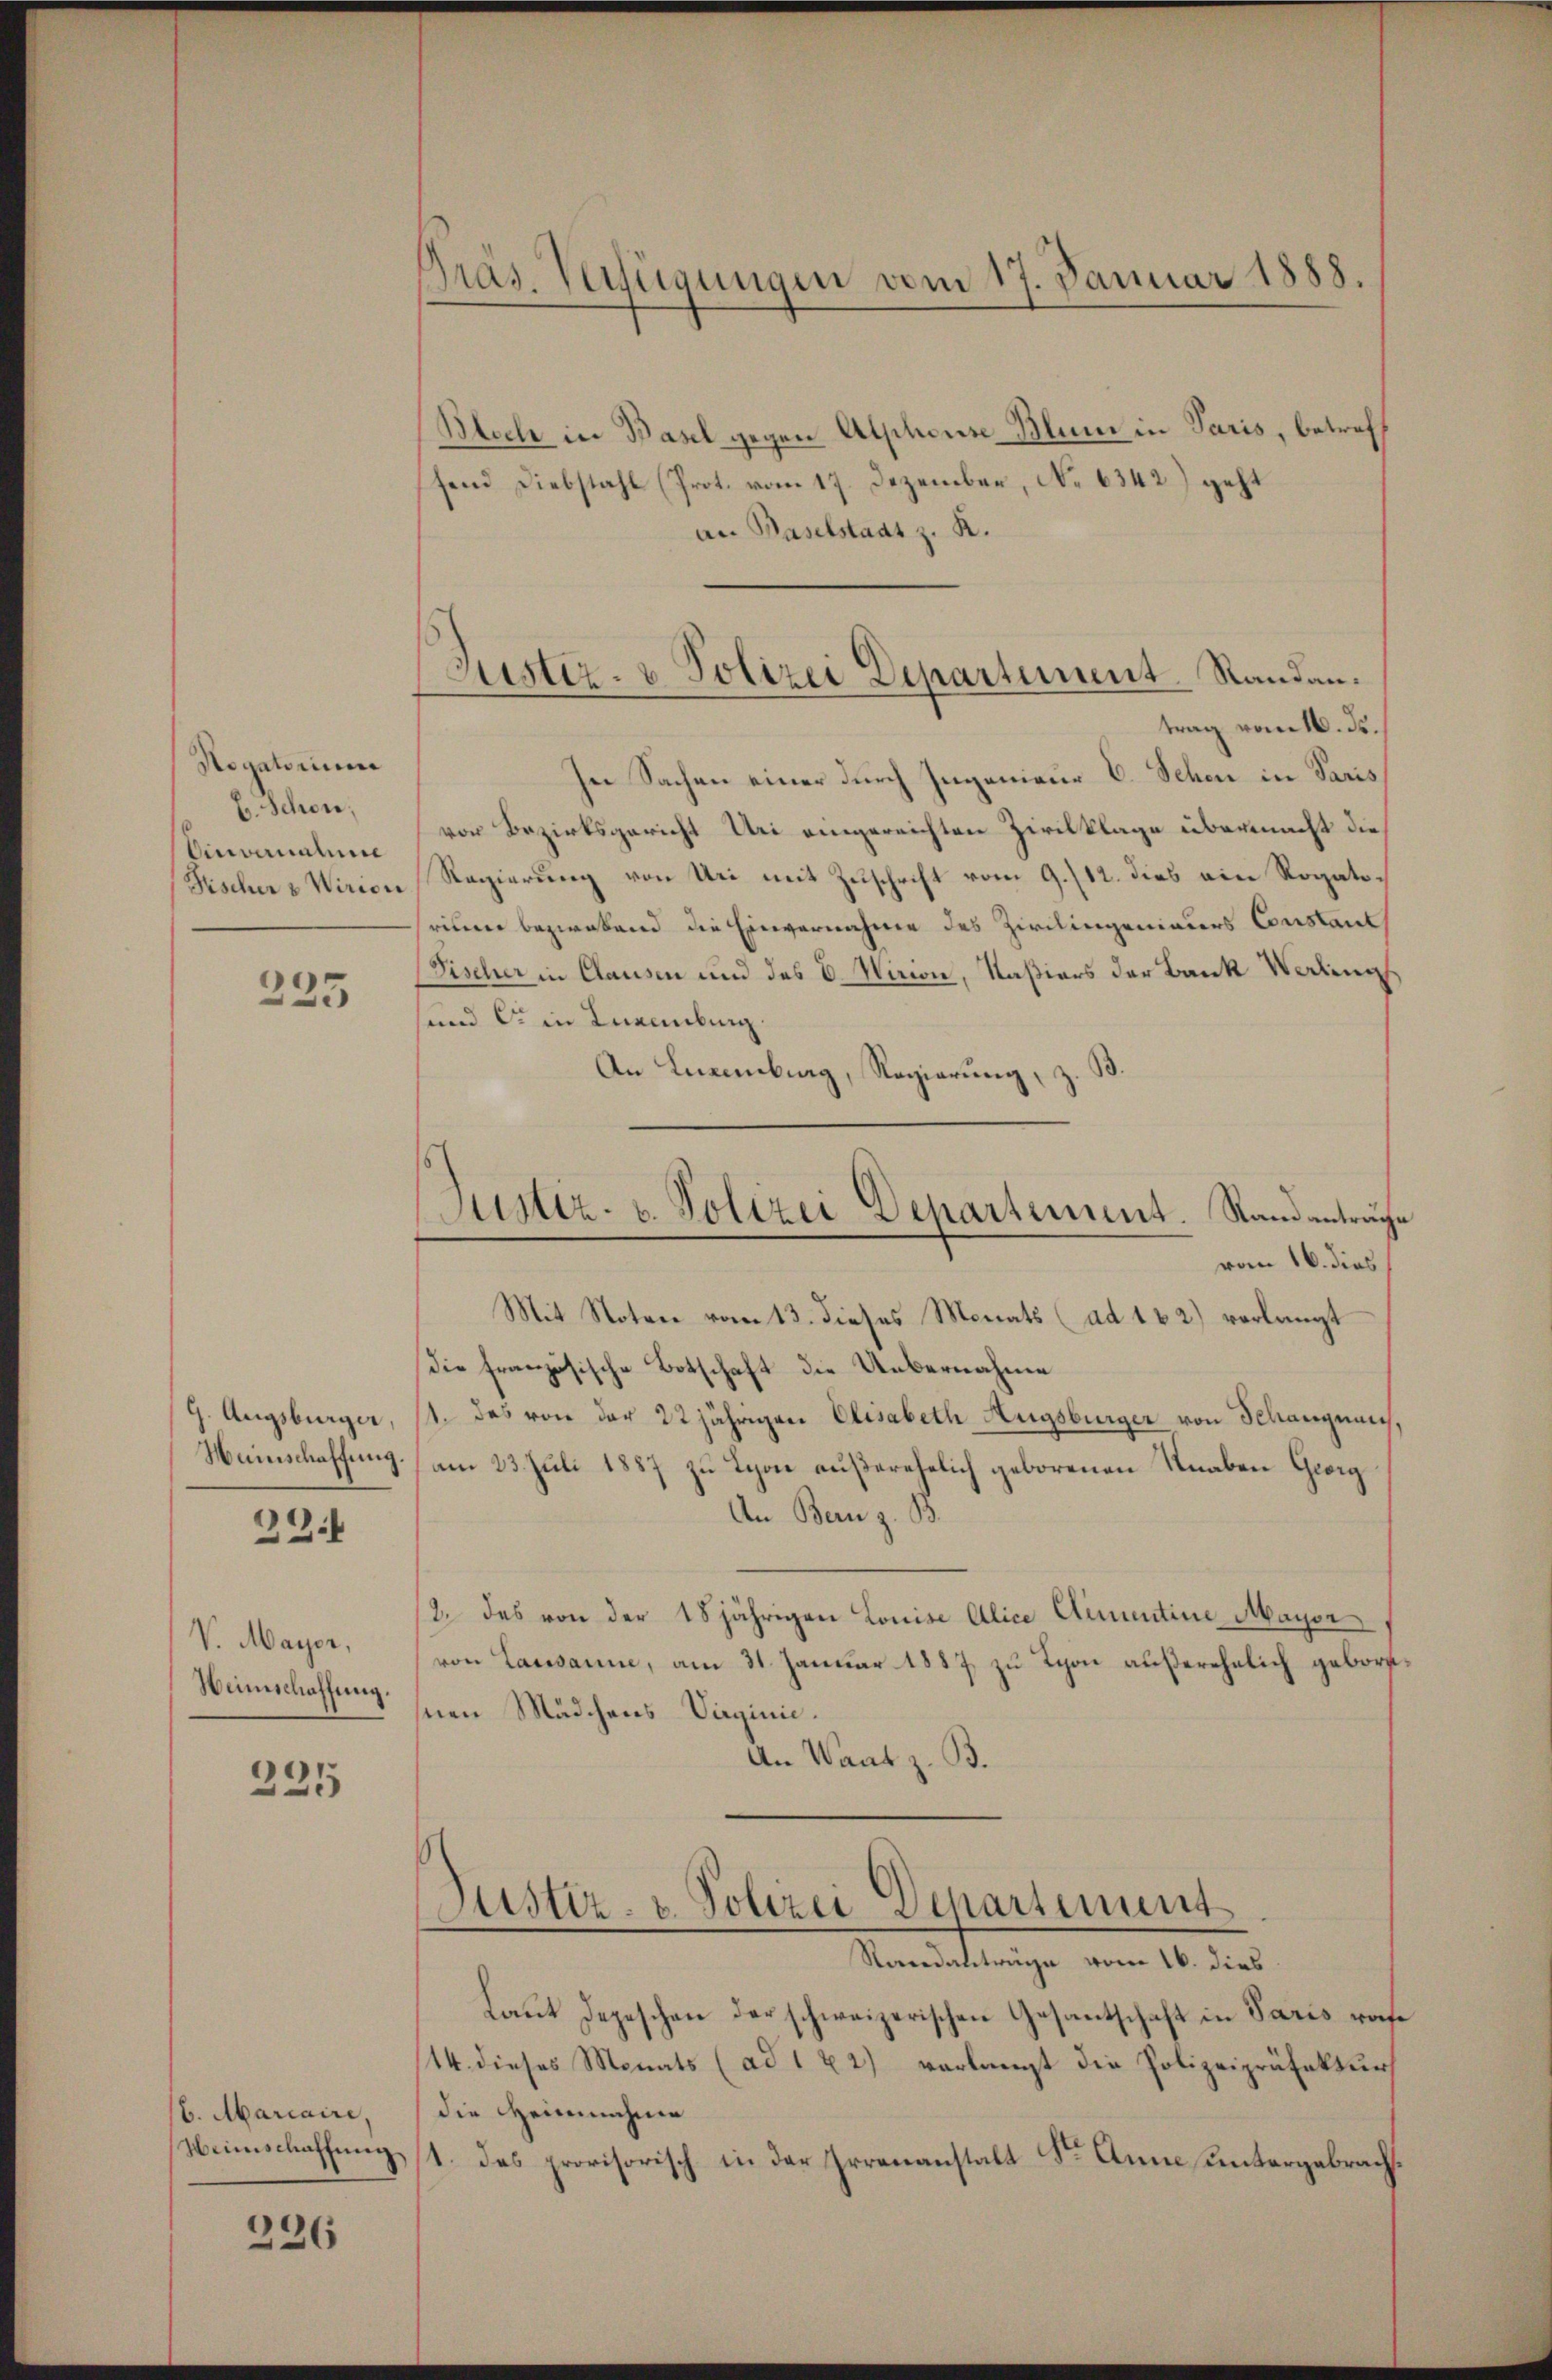
Rogatorium
b. Schon,
Einvernahme

225

9. Augsburger,
Heinschaffung

324

V. Mayer,
Heimschaffung.

225

/6. Mariaire,
Weinschaffung

236

Präs. Verfügungen vom 17. Januar 1888.

Bloch in Basel gegen Alphouse Blum in Paris, betreff
fend Diebstahl (Prot. vom 17. Dezember, No 6342) geht
an Paselstaat z. R.
In Sachen einer durch Ingenieur E. Schen in Paris
von Bezirksgericht Uri eingereichten Zivilklage übermacht die
Fischer & Wirion Regierung von Uri mit Zuschrift vom 9./12. dies ein Rogatorium bezwabend die Einvernahme des Zivilingenieurs Constant
Fischer in Clausen und des C. Wirion, Naßiars der Bank Verdings
sund C. in Kneinburg.
An Luxenburg, Regierung, z. B.
Mit Notene vom 13. dieses Monats (ad 16. 2) verlangt
Die französische Botschaft die Uebernahme
st. Das von der 22jährigen Elisabeth Augsburger von Schangnen.
am 23. Juli 1887 zu Lyon außerehelich geborenen Knaben Geig
An Bern z. B.
2. das von der 18jährigen Louise Alice Clementine Mayer
von Lausanne, am 31. Januar 1887 zu Schon außerehelich gebore
snen Mädchens-Virginie.
An Waat z. B.
Justiz- & Polizei Departement
Randabträge vom 16. dies
Laut Depeschen der schweizerischen Gesantschaft in Paris raf¬
(14. dieses Monats (ad 1 x 2) verlangt die Polizeipräfektur
die Heimnahme
1. des provisorisch in der Irrenanstalt Sr. Anna untergebracht.

Justiz- & Polizei Departement. Randau.
trag vom 16. ds.

Justiz- u. Polizei Departement. Stand anträg
vom 16. dies